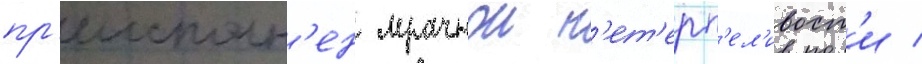
пр'еисполн'ен мрачнои н'ет'ерп'ел'ивост'и /